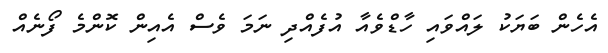
އެހެން ބަޔަކު ލައްވައި ހާޑްވެއާ އުފެއްދި ނަމަ ވެސް އެއިން ކޮންމެ ފޯނެއް